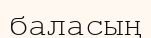
баласың